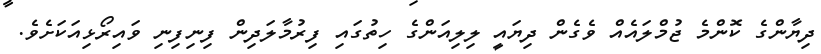
ދިޔާންގެ ކޮންމެ ޖުމްލައެއް ވެގެން ދިޔައީ ލިލިއަންގެ ހިތުގައި ފިރުމާލަދިން ފިނިފިނި ވައިރޯޅިއަކަށެވެ.